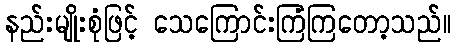
နည်းမျိုးစုံဖြင့် သေကြောင်းကြံကြတော့သည်။